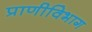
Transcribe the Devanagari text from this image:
प्राणीविभाग